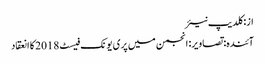
از: کلدیپ نیئر
آئندہ: تصاویر: انجمن میں پری یونک فیسٹ 2018 کا انعقاد